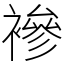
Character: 襂